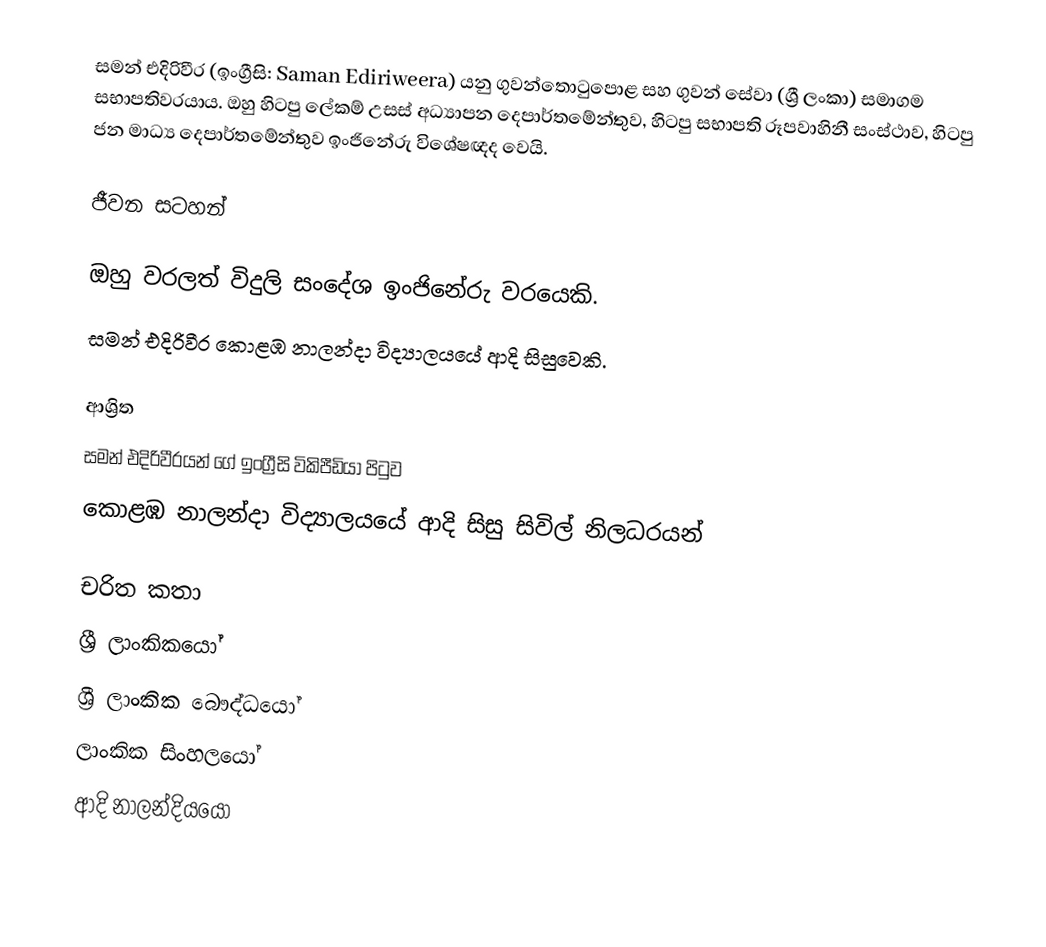
සමන් එදිරිවීර (ඉංග්‍රීසි: Saman Ediriweera) යනු ගුවන්තොටුපොළ සහ ගුවන් සේවා (ශ්‍රී ලංකා) සමාගම සභාපතිවරයාය. ඔහු හිටපු ලේකම් උසස් අධ්‍යාපන දෙපාර්තමේන්තුව, හිටපු සභාපති රූපවාහිනී සංස්ථාව, හිටපු ජන මාධ්‍ය දෙපාර්තමේන්තුව ඉංජිනේරු විශේෂඥද වෙයි.

ජීවන සටහන්

ඔහු වරලත් විදුලි සංදේශ ඉංජිනේරු වරයෙකි.
සමන් එදිරිවීර  කොළඹ නාලන්දා විද්‍යාලයයේ ආදි සිසුවෙකි.

ආශ්‍රිත
  සමන් එදිරිවීරයන් ගේ ඉංග්‍රීසි විකිපීඩියා පිටුව
 කොළඹ නාලන්දා විද්‍යාලයයේ ආදි සිසු සිවිල් නිලධරයන්

චරිත කතා
ශ්‍රී ලාංකිකයෝ
ශ්‍රී ලාංකික බෞද්ධයෝ
ලාංකික සිංහලයෝ
ආදි නාලන්දියයෝ